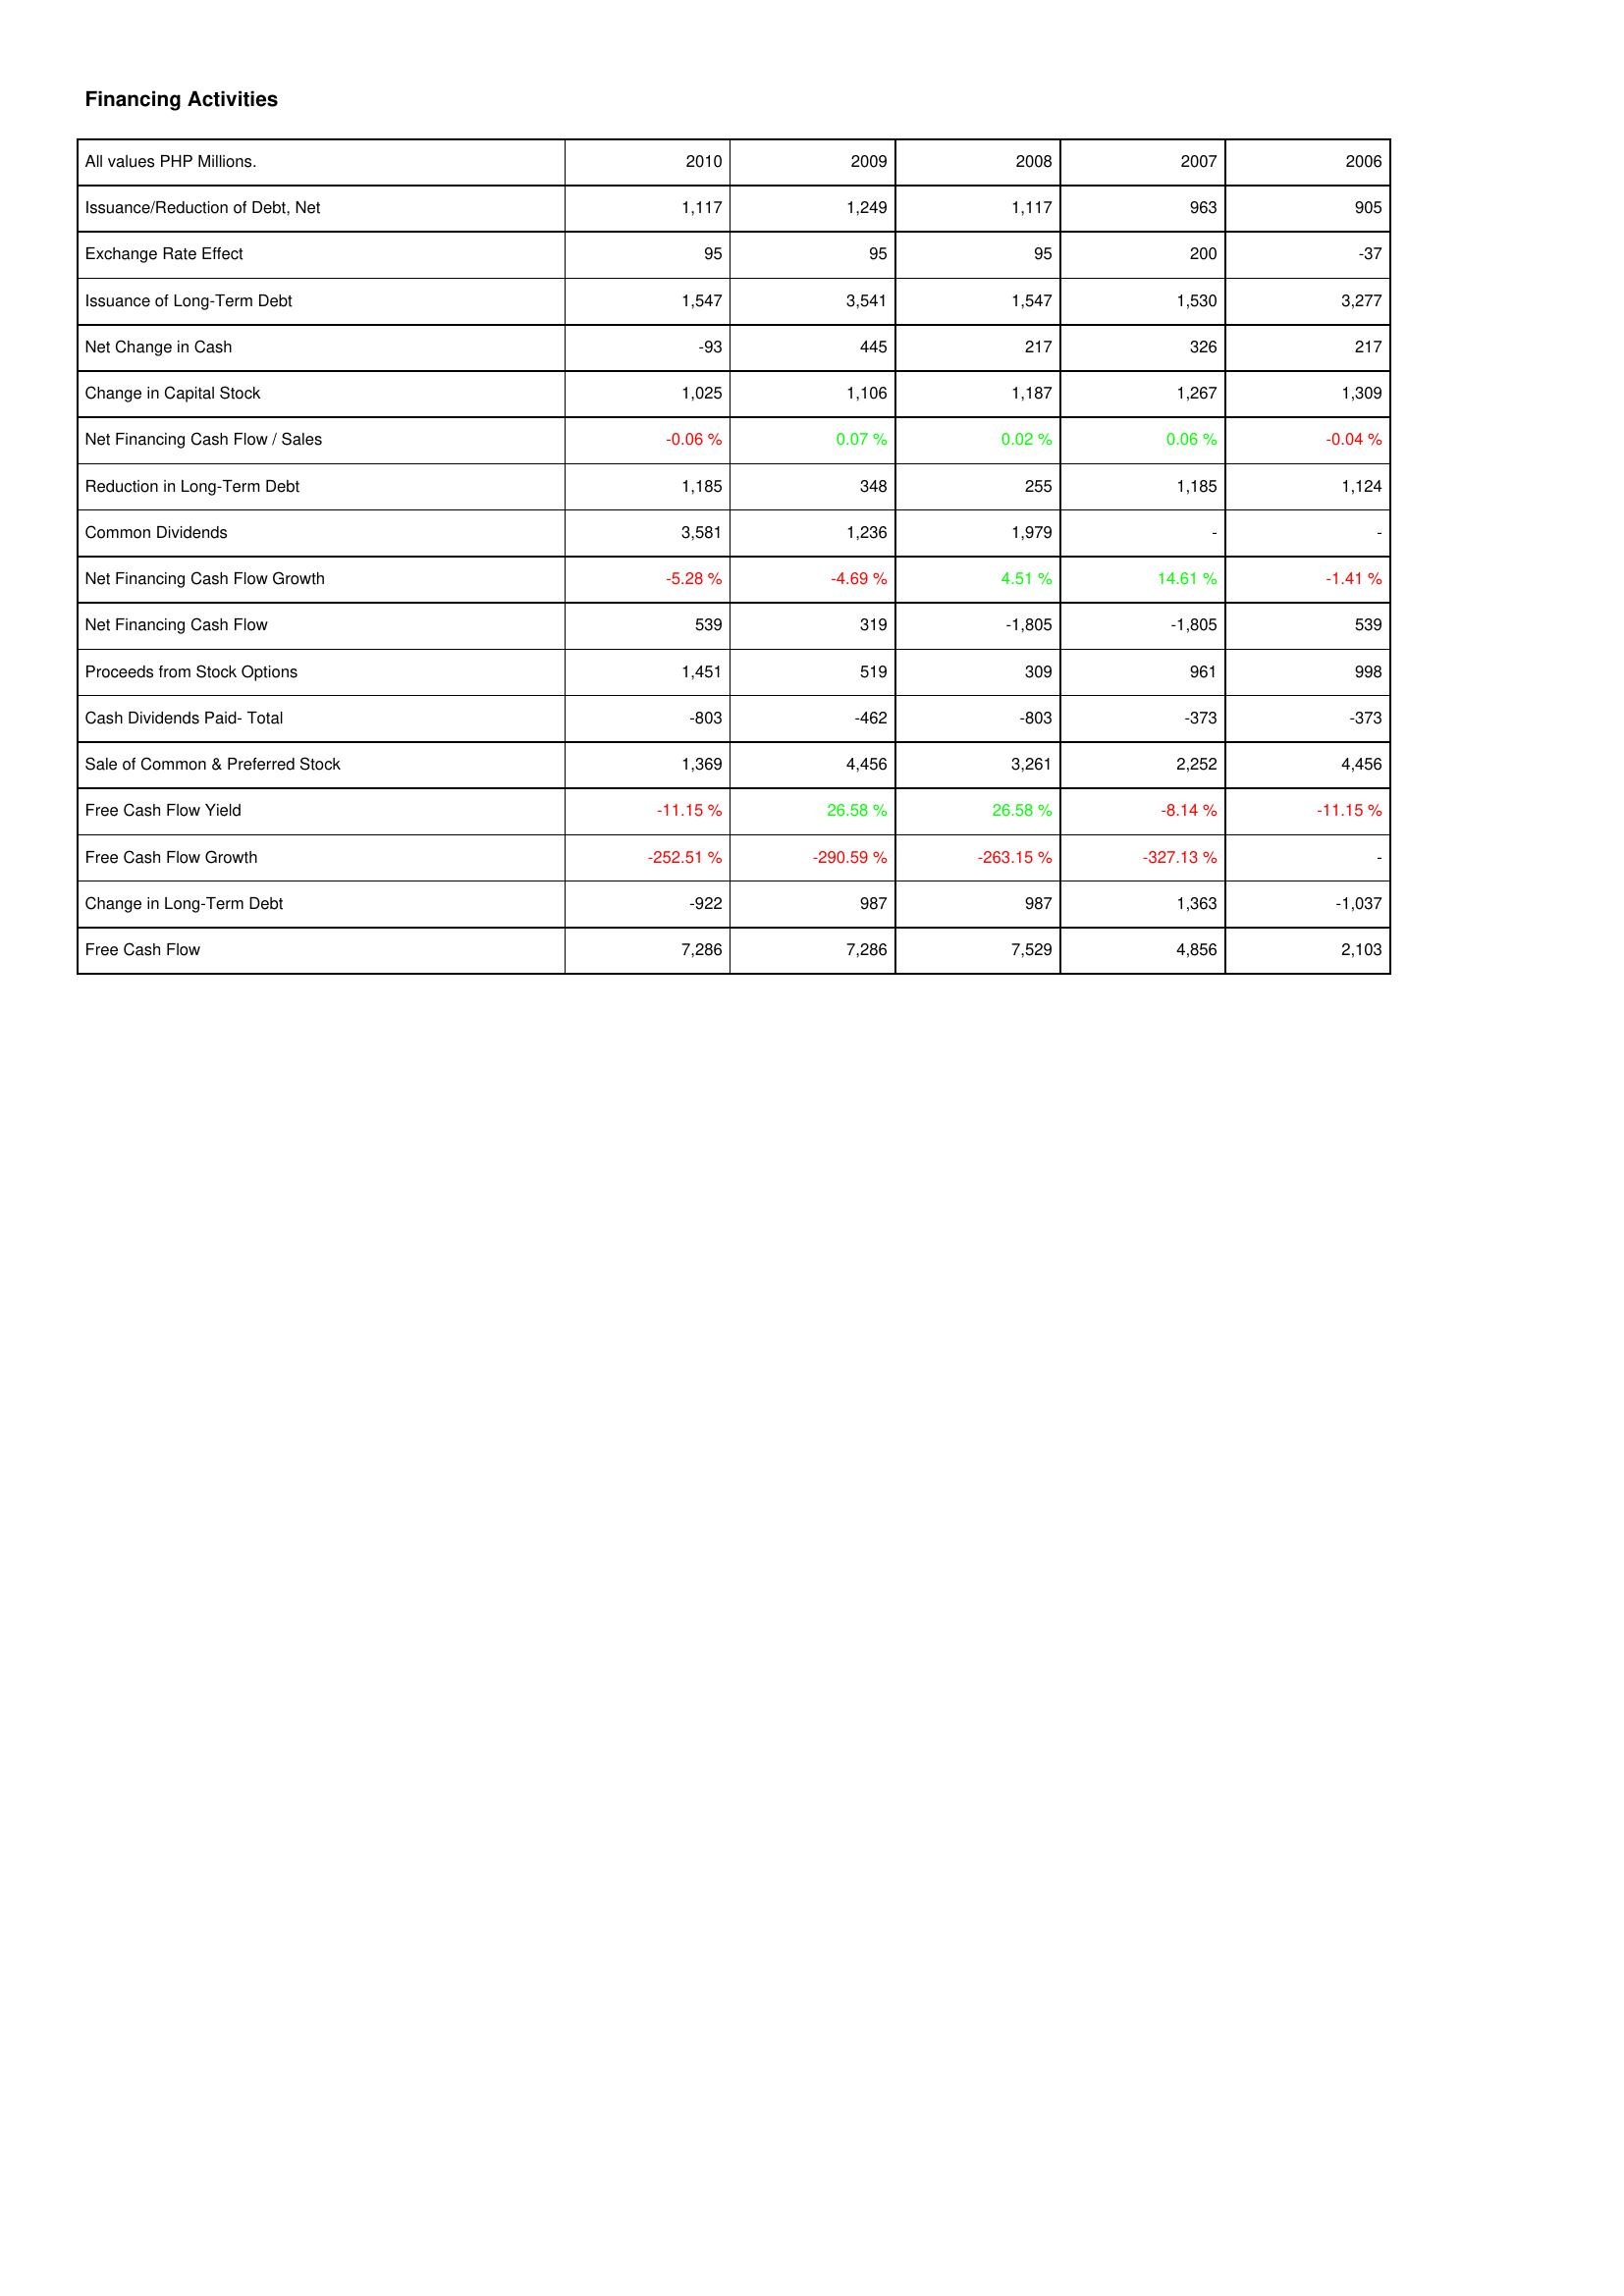
2010: Financing Activities: Issuance/Reduction of Debt, Net: 1,117
Exchange Rate Effect: 95
Issuance of Long-Term Debt: 1,547
Net Change in Cash: -93
Change in Capital Stock: 1,025
Net Financing Cash Flow / Sales: -0.06 %
Reduction in Long-Term Debt: 1,185
Common Dividends: 3,581
Net Financing Cash Flow Growth: -5.28 %
Net Financing Cash Flow: 539
Proceeds from Stock Options: 1,451
Cash Dividends Paid- Total: -803
Sale of Common & Preferred Stock: 1,369
Free Cash Flow Yield: -11.15 %
Free Cash Flow Growth: -252.51 %
Change in Long-Term Debt: -922
Free Cash Flow: 7,286
2009: Financing Activities: Issuance/Reduction of Debt, Net: 1,249
Exchange Rate Effect: 95
Issuance of Long-Term Debt: 3,541
Net Change in Cash: 445
Change in Capital Stock: 1,106
Net Financing Cash Flow / Sales: 0.07 %
Reduction in Long-Term Debt: 348
Common Dividends: 1,236
Net Financing Cash Flow Growth: -4.69 %
Net Financing Cash Flow: 319
Proceeds from Stock Options: 519
Cash Dividends Paid- Total: -462
Sale of Common & Preferred Stock: 4,456
Free Cash Flow Yield: 26.58 %
Free Cash Flow Growth: -290.59 %
Change in Long-Term Debt: 987
Free Cash Flow: 7,286
2008: Financing Activities: Issuance/Reduction of Debt, Net: 1,117
Exchange Rate Effect: 95
Issuance of Long-Term Debt: 1,547
Net Change in Cash: 217
Change in Capital Stock: 1,187
Net Financing Cash Flow / Sales: 0.02 %
Reduction in Long-Term Debt: 255
Common Dividends: 1,979
Net Financing Cash Flow Growth: 4.51 %
Net Financing Cash Flow: -1,805
Proceeds from Stock Options: 309
Cash Dividends Paid- Total: -803
Sale of Common & Preferred Stock: 3,261
Free Cash Flow Yield: 26.58 %
Free Cash Flow Growth: -263.15 %
Change in Long-Term Debt: 987
Free Cash Flow: 7,529
2007: Financing Activities: Issuance/Reduction of Debt, Net: 963
Exchange Rate Effect: 200
Issuance of Long-Term Debt: 1,530
Net Change in Cash: 326
Change in Capital Stock: 1,267
Net Financing Cash Flow / Sales: 0.06 %
Reduction in Long-Term Debt: 1,185
Common Dividends: -
Net Financing Cash Flow Growth: 14.61 %
Net Financing Cash Flow: -1,805
Proceeds from Stock Options: 961
Cash Dividends Paid- Total: -373
Sale of Common & Preferred Stock: 2,252
Free Cash Flow Yield: -8.14 %
Free Cash Flow Growth: -327.13 %
Change in Long-Term Debt: 1,363
Free Cash Flow: 4,856
2006: Financing Activities: Issuance/Reduction of Debt, Net: 905
Exchange Rate Effect: -37
Issuance of Long-Term Debt: 3,277
Net Change in Cash: 217
Change in Capital Stock: 1,309
Net Financing Cash Flow / Sales: -0.04 %
Reduction in Long-Term Debt: 1,124
Common Dividends: -
Net Financing Cash Flow Growth: -1.41 %
Net Financing Cash Flow: 539
Proceeds from Stock Options: 998
Cash Dividends Paid- Total: -373
Sale of Common & Preferred Stock: 4,456
Free Cash Flow Yield: -11.15 %
Free Cash Flow Growth: -
Change in Long-Term Debt: -1,037
Free Cash Flow: 2,103